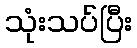
သုံးသပ်ပြီး